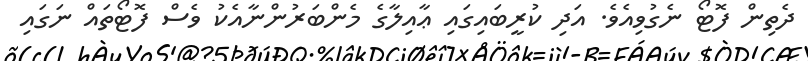
ދެތިން ފޮޓޯ ނެގުވިއެވެ. އަދި ކުރީބައިގައި ޢާއިލާގެ މެންބަރުންނާއެކު ވެސް ފޮޓޯތައް ނަގައި